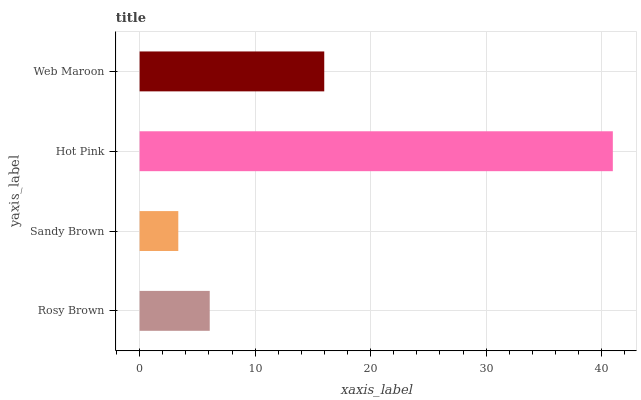
| yaxis_label | bars |
 | --- | --- |
 | Rosy Brown | 6.07 |
 | Sandy Brown | 3.35 |
 | Hot Pink | 41 |
 | Web Maroon | 16 |